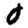
Digit: 0